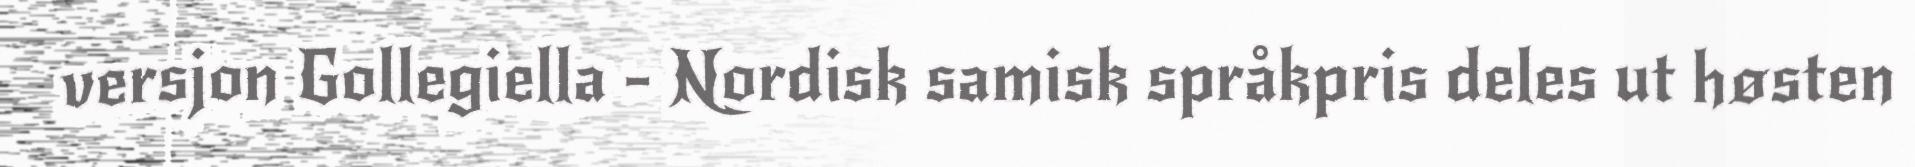
versjon Gollegiella - Nordisk samisk språkpris deles ut høsten